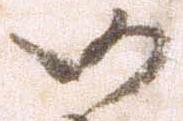
仍